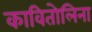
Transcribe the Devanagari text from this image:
कावितोलिना